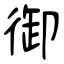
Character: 御